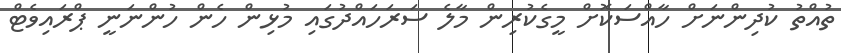
ތުއްތު ކުދިންނަށް ހާއްސަކޮށް މީގެކުރިން މާލެ ސަރަހައްދުގައި މުޅިން ހެން ހުންނަނީ ޕްރައިވެޓް